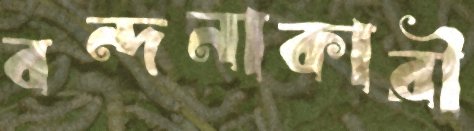
বন্দনাকারী